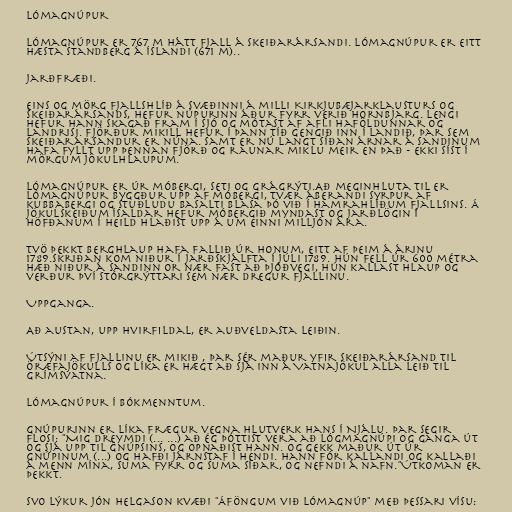
Lómagnúpur

Lómagnúpur er 767 m hátt fjall á Skeiðarársandi. Lómagnúpur er eitt
hæsta standberg á Íslandi (671 m)..

Jarðfræði.

Eins og mörg fjallshlíð á svæðinni á milli Kirkjubæjarklausturs og
Skeiðarársands, hefur núpurinn áður fyrr verið hornbjarg. Lengi
hefur hann skagað fram í sjó og mótast af afli haföldunnar og
landrisi. Fjörður mikill hefur í þann tíð gengið inn í landið, þar sem
Skeiðarársandur er núna. Samt er nú langt síðan árnar á sandinum
hafa fyllt upp þennan fjörð og raunar miklu meir en það - ekki síst í
mörgum jökulhlaupum.

Lómagnúpur er úr móbergi, seti og grágrýti.Að meginhluta til er
Lómagnúpur byggður upp af móbergi, tvær áberandi syrpur af
kubbabergi og stuðludu basalti blasa þó við í hamrahlíðum fjallsins. Á
jökulskeiðum ísaldar hefur móbergið myndast og jarðlögin í
höfðanum í heild hlaðist upp á um einni milljón ára.

Tvö þekkt berghlaup hafa fallið úr honum, eitt af þeim á árinu
1789.Skriðan kom niður í jarðskjálfta í júli 1789. Hún fell úr 600 métra
hæð niður á sandinn or nær fast að þjóðvegi, hún kallast Hlaup og
verður því stórgrýttari sem nær dregur fjallinu.

Uppganga.

Að austan, upp Hvirfildal, er auðveldasta leiðin.

Útsýni af fjallinu er mikið , þar sér maður yfir Skeiðarársand til
Öræfajökulls og líka er hægt að sjá inn á Vatnajökul alla leið til
Grímsvatna.

Lómagnúpur í bókmenntum.

Gnúpurinn er líka frægur vegna hlutverk hans í Njálu. Þar segir
Flosi: "Mig dreymdi (... ...) að ég þóttist vera að Lógmagnúpi og ganga út
og sjá upp til gnúpsins, og opnaðist hann. Og gekk maður út úr
gnúpinum (...) og hafði járnstaf í hendi. Hann fór kallandi og kallaði
á menn mína, suma fyrr og suma síðar, og nefndi á nafn."Útkoman er
þekkt.

Svo lýkur Jón Helgason kvæði "Áföngum við Lómagnúp" með þessari vísu: